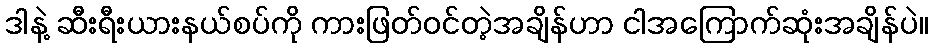
ဒါနဲ့ ဆီးရီးယားနယ်စပ်ကို ကားဖြတ်ဝင်တဲ့အချိန်ဟာ ငါအကြောက်ဆုံးအချိန်ပဲ။